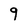
Character: 9